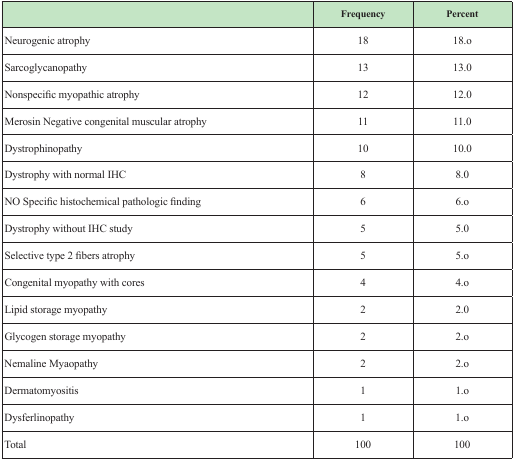
<table><thead><tr><td></td><td><b>Frequency</b></td><td><b>Percent</b></td></tr></thead><tbody><tr><td>Neurogenic atrophy</td><td>18</td><td>18.o</td></tr><tr><td>Sarcoglycanopathy</td><td>13</td><td>13.0</td></tr><tr><td>Nonspecific myopathic atrophy</td><td>12</td><td>12.0</td></tr><tr><td>Merosin Negative congenital muscular atrophy</td><td>11</td><td>11.0</td></tr><tr><td>Dystrophinopathy</td><td>10</td><td>10.0</td></tr><tr><td>Dystrophy with normal IHC</td><td>8</td><td>8.0</td></tr><tr><td>NO Specific histochemical pathologic finding</td><td>6</td><td>6.o</td></tr><tr><td>Dystrophy without IHC study</td><td>5</td><td>5.0</td></tr><tr><td>Selective type 2 fibers atrophy</td><td>5</td><td>5.o</td></tr><tr><td>Congenital myopathy with cores</td><td>4</td><td>4.o</td></tr><tr><td>Lipid storage myopathy</td><td>2</td><td>2.0</td></tr><tr><td>Glycogen storage myopathy</td><td>2</td><td>2.o</td></tr><tr><td>Nemaline Myaopathy</td><td>2</td><td>2.o</td></tr><tr><td>Dermatomyositis</td><td>1</td><td>1.o</td></tr><tr><td>Dysferlinopathy</td><td>1</td><td>1.o</td></tr></tbody></table>